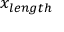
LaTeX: x _ { l e n g t h }